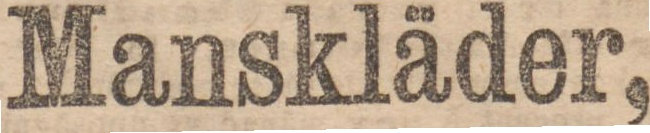
Manskläder,